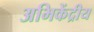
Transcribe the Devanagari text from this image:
अभिकेंद्रीय